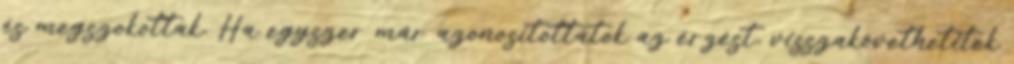
és megszokottak. Ha egyszer már azonosítottátok az érzést, visszakövethetitek